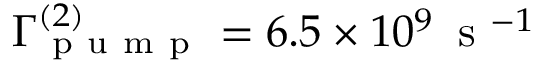
\Gamma _ { \mathrm { ~ p ~ u ~ m ~ p ~ } } ^ { ( 2 ) } = 6 . 5 \times 1 0 ^ { 9 } \, \mathrm { ~ s ~ } ^ { - 1 }